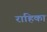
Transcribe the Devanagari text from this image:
राहिका